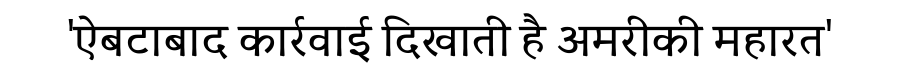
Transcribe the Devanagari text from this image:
'ऐबटाबाद कार्रवाई दिखाती है अमरीकी महारत'